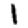
Digit: 1